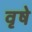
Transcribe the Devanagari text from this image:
वृषे